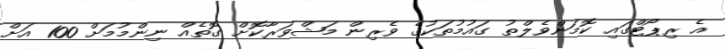
އެ ރިޕޯޓްގައި ކޮމަންވެލްތު ގައުމުތަކުގެ ވެރިން މަޝްވަރާކޮށް ގޮތެއް ނިންމުމަށް 100 އަށް